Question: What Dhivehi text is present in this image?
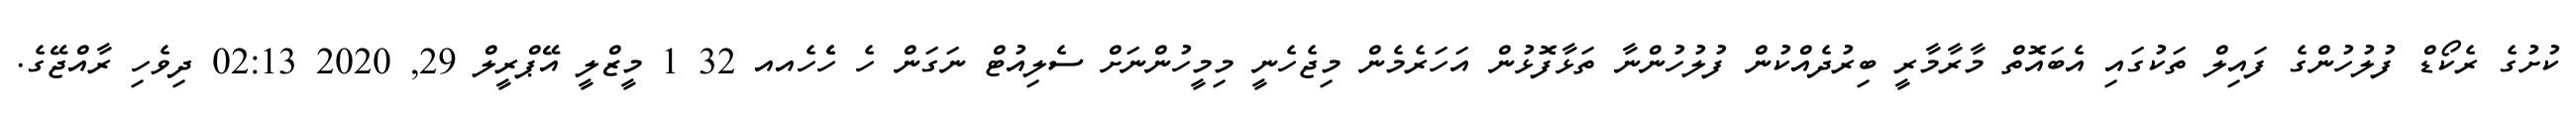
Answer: ކުށުގެ ރެކޯޑް ފުލުހުންގެ ފައިލް ތަކުގައި އެބައޮތް މާރާމާރީ ބިރުދެއްކުން ފުލުހުންނާ ތަޅާފޮޅުން އަހަރެމެން މިޖެހެނީ މިމީހުންނަށް ސެލިއުޓް ނަގަން ހެ ހެެހެއއ 32 1 މީޒްލީ އޭޕްރީލް 29, 2020 02:13 ދިވެހި ރާއްޖޭގެ.